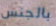
بالجنس